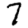
Digit: 7